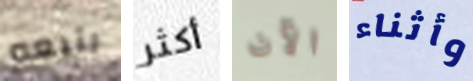
يتبعه أكثر الآن وأثناء